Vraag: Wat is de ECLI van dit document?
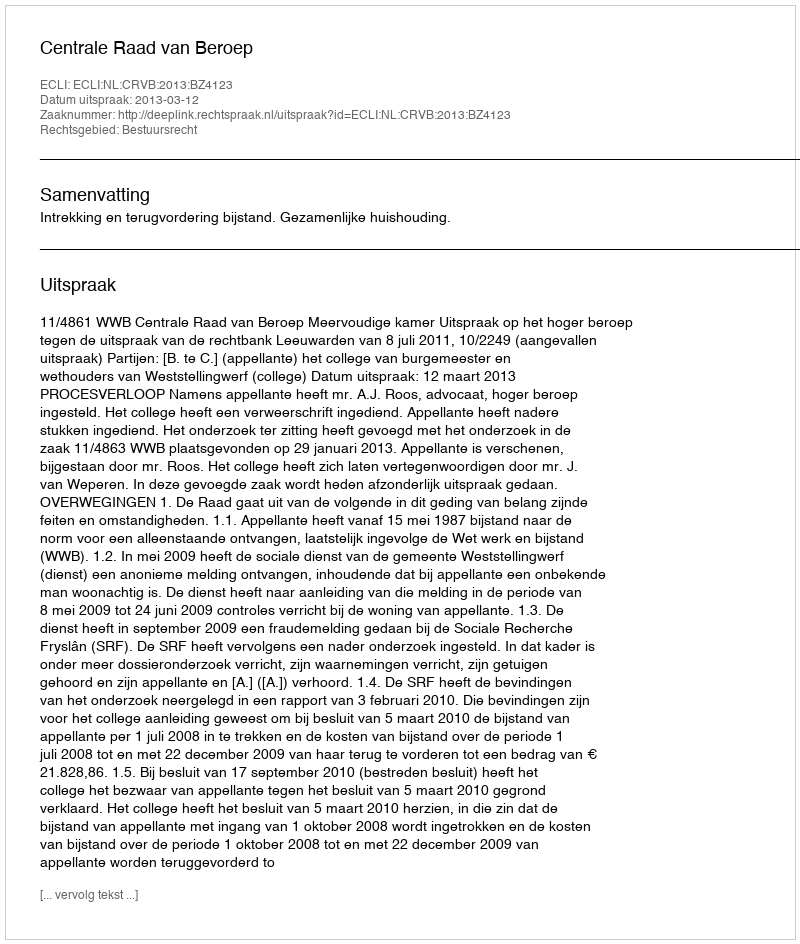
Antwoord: ECLI:NL:CRVB:2013:BZ4123